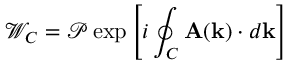
\mathcal { W } _ { C } = \mathcal { P } \exp \left[ i \oint _ { C } \mathbf { A } ( \mathbf { k } ) \cdot d \mathbf { k } \right]